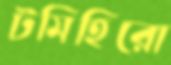
টমিহিরো